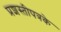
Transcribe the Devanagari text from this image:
प्रशस्तीपत्रके